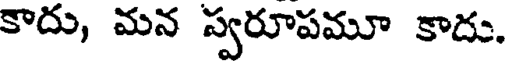
కాదు, మన స్వరూపమూ కాదు,